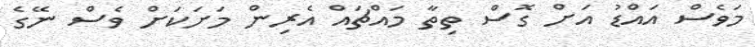
މަވެސް އައްޑު އަށް ގޮސް ތިތާ މައްޗައް އެރިން މަށަކަށް ވެސް ނޭގެ